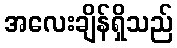
အလေးချိန်ရှိသည်